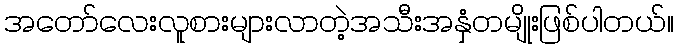
အတော်လေးလူစားများလာတဲ့အသီးအနှံတမျိုးဖြစ်ပါတယ်။